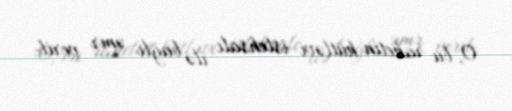
O, bu raketin kütləvi istehsalı ilə bağlı əmr verib.